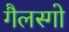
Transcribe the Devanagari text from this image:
गैलस्गो